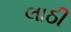
લાઠી